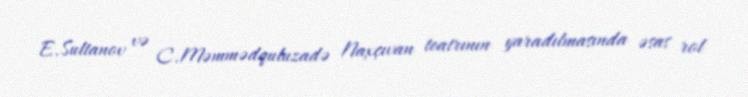
E.Sultanov və C.Məmmədquluzadə Naxçıvan teatrının yaradılmasında əsas rol